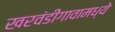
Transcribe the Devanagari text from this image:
खरवंडीगावामध्ये